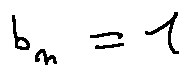
b _ { n } = 1